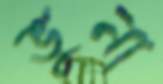
ভুনা